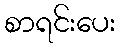
စာရင်းပေး